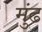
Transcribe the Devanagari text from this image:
मुंढ